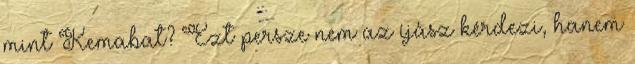
mint Kemabat? Ezt persze nem az íjász kérdezi, hanem